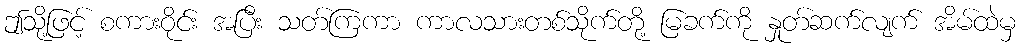
ဤသို့ဖြင့် စကားဝိုင်း အပြီး သတ်ကြကာ ကာလသားတစ်သိုက်တို့ မြခက်ကို နှုတ်ဆက်လျက် အိမ်ထဲမှ